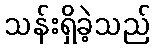
သန်းရှိခဲ့သည်